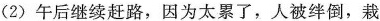
(2 )午后继续赶路，因为太累了，人被绊倒，栽